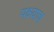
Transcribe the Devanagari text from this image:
पक्ष्याच